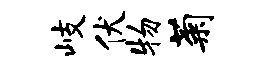
岐伏物菊